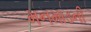
મનમાડની